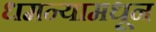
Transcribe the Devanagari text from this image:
धमन्यामधून